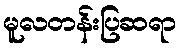
မူလတန်းပြဆရာ